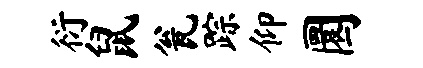
衍鼠瓮踪仰圜